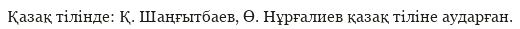
Қазақ тілінде: Қ. Шаңғытбаев, Ө. Нұрғалиев қазақ тіліне аударған.